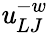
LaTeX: \mathit{u}_{LJ}^{-w}